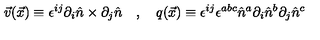
\vec { v } ( \vec { x } ) \equiv \epsilon ^ { i j } \partial _ { i } \hat { n } \times \partial _ { j } \hat { n } \quad , \quad q ( \vec { x } ) \equiv \epsilon ^ { i j } \epsilon ^ { a b c } \hat { n } ^ { a } \partial _ { i } \hat { n } ^ { b } \partial _ { j } \hat { n } ^ { c }